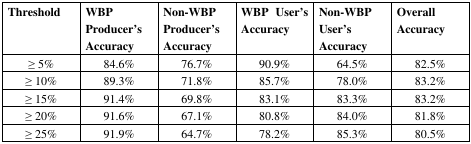
<table><thead><tr><td><b>Threshold</b></td><td><b>WBP Producer&#x27;s Accuracy</b></td><td><b>Non-WBP Producer&#x27;s Accuracy</b></td><td><b>WBP User&#x27;s Accuracy</b></td><td><b>Non-WBP User&#x27;s Accuracy</b></td><td><b>Overall Accuracy</b></td></tr></thead><tbody><tr><td>≥ 5%</td><td>84.6%</td><td>76.7%</td><td>90.9%</td><td>64.5%</td><td>82.5%</td></tr><tr><td>≥ 10%</td><td>89.3%</td><td>71.8%</td><td>85.7%</td><td>78.0%</td><td>83.2%</td></tr><tr><td>≥ 15%</td><td>91.4%</td><td>69.8%</td><td>83.1%</td><td>83.3%</td><td>83.2%</td></tr><tr><td>≥ 20%</td><td>91.6%</td><td>67.1%</td><td>80.8%</td><td>84.0%</td><td>81.8%</td></tr><tr><td>≥ 25%</td><td>91.9%</td><td>64.7%</td><td>78.2%</td><td>85.3%</td><td>80.5%</td></tr></tbody></table>